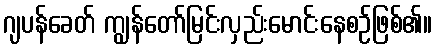
ဂျပန်ခေတ် ကျွန်တော်မြင်းလှည်းမောင်းနေစဉ်ဖြစ်၏။